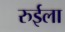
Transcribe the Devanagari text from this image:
रुईला